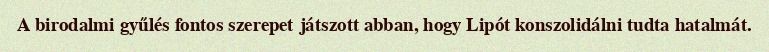
A birodalmi gyűlés fontos szerepet játszott abban, hogy Lipót konszolidálni tudta hatalmát.